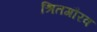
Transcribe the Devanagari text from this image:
श्रितगौरव